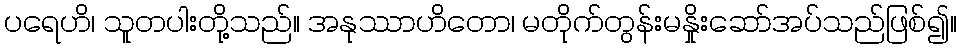
ပရေဟိ၊ သူတပါးတို့သည်။ အနုဿာဟိတော၊ မတိုက်တွန်းမနှိုးဆော်အပ်သည်ဖြစ်၍။